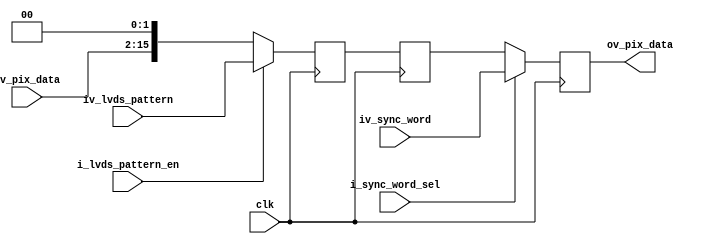
//-------------------------------------------------------------------------------------------------
//  --    : , 2010 -2015.
//  --      .
//  --          : FPGA
//  --        : ad_output_latch
//  --        : 
//-------------------------------------------------------------------------------------------------
//
//  --  :
//
//  --          :| 				:|  
//-------------------------------------------------------------------------------------------------
//  --        :| 2015/8/9 14:16:15	:|  
//-------------------------------------------------------------------------------------------------
//
//  --      :
//              1)  : ... ...
//
//              2)  : ... ...
//
//              3)  : ... ...
//
//-------------------------------------------------------------------------------------------------
///
`timescale 1ns/1ps
//-------------------------------------------------------------------------------------------------

module ad_output_latch (
	input				clk					,	//
	input	[13:0]		iv_pix_data			,	//
	input				i_lvds_pattern_en	,	//lvds
	input	[15:0]		iv_lvds_pattern		,	//lvds
	input				i_sync_word_sel		,	//
	input	[15:0]		iv_sync_word		,	//
	output	[15:0]		ov_pix_data				//
	);

	//	ref signals
	reg		[15:0]			pattern_mux		= 16'b0;
	reg		[15:0]			pattern_mux_dly	= 16'b0;
	reg		[15:0]			pix_data_reg	= 16'b0;


	//	ref ARCHITECTURE

	//	-------------------------------------------------------------------------------------
	//	mux
	//	-------------------------------------------------------------------------------------
	always @ (posedge clk) begin
		if(i_lvds_pattern_en) begin
			pattern_mux	<= iv_lvds_pattern;
		end
		else begin
			pattern_mux	<= {iv_pix_data,2'b00};
		end
	end

	//	-------------------------------------------------------------------------------------
	//	1
	//	-------------------------------------------------------------------------------------
	always @ (posedge clk) begin
		pattern_mux_dly	<= pattern_mux;
	end

	//	-------------------------------------------------------------------------------------
	//	
	//	-------------------------------------------------------------------------------------
	always @ (posedge clk) begin
		if(i_sync_word_sel) begin
			pix_data_reg	<= iv_sync_word;
		end
		else begin
			pix_data_reg	<= pattern_mux_dly;
		end
	end
	assign	ov_pix_data	= pix_data_reg	;



endmodule